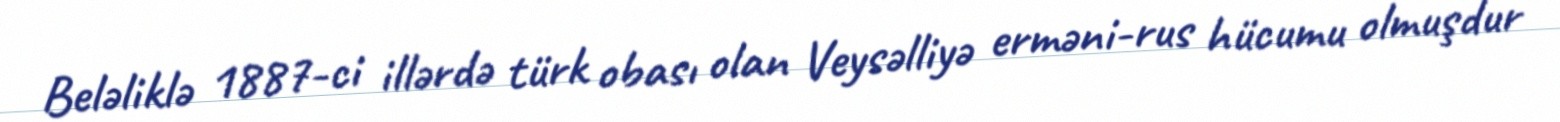
Beləliklə 1887-ci illərdə türk obası olan Veysəlliyə erməni-rus hücumu olmuşdur